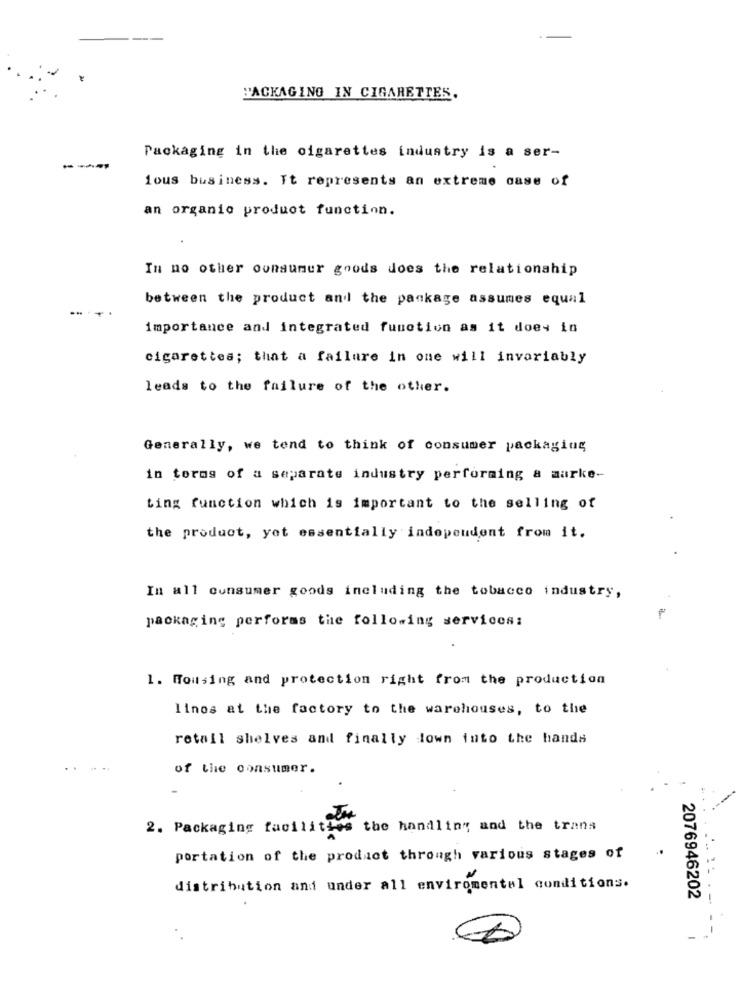
PACKAGING IN CIGARETTES.
---
Packaging in the cigarettes industry is a ser-
lous business. It represents an extreme case of
an organic product function.
In no other consumer goods does the relationship
between the product and the package assumes equal
importance and integrated function as it does in
cigarettes; that a failure in one will invariably
leads to the failure of the other.
Generally, we tend to think of consumer packaging
in terms of a separate industry performing & marke-
ting function which is important to the selling of
the product, yet essentially independent from it.
In all consumer goods including the tobacco industry,
packaging performs the following services:
1. Housing and protection right from the production
linos at the factory to the warehouses, to the
retail shelves and finally down into the hands
of the consumer.
2. Packaging facili
es the handling and the trans
portation of the product through various stages of
distribution and under all enviromentel conditions.
2076946202
-